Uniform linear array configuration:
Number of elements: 16
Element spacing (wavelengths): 0.75
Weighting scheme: hann
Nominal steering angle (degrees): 60
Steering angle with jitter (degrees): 58.373
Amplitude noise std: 0.05
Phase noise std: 0.05

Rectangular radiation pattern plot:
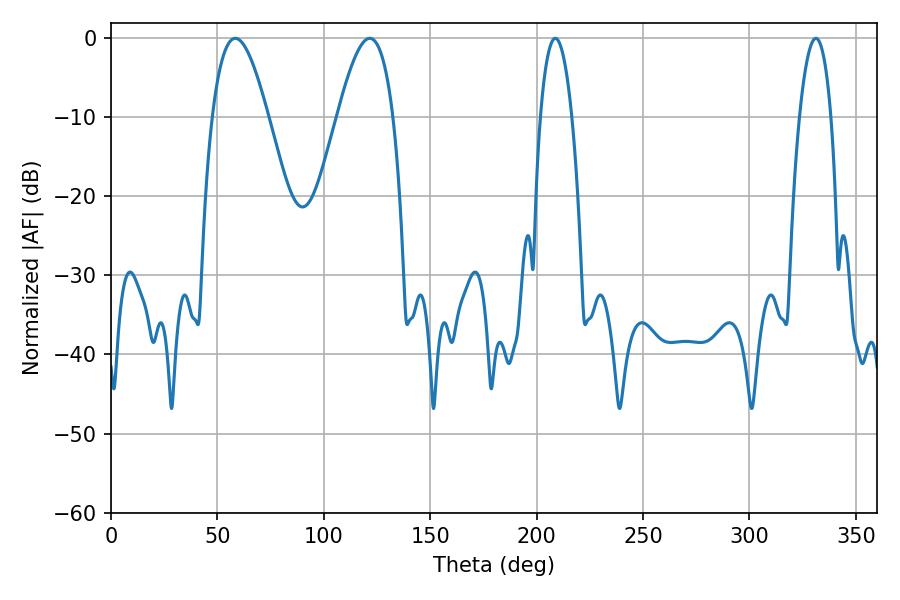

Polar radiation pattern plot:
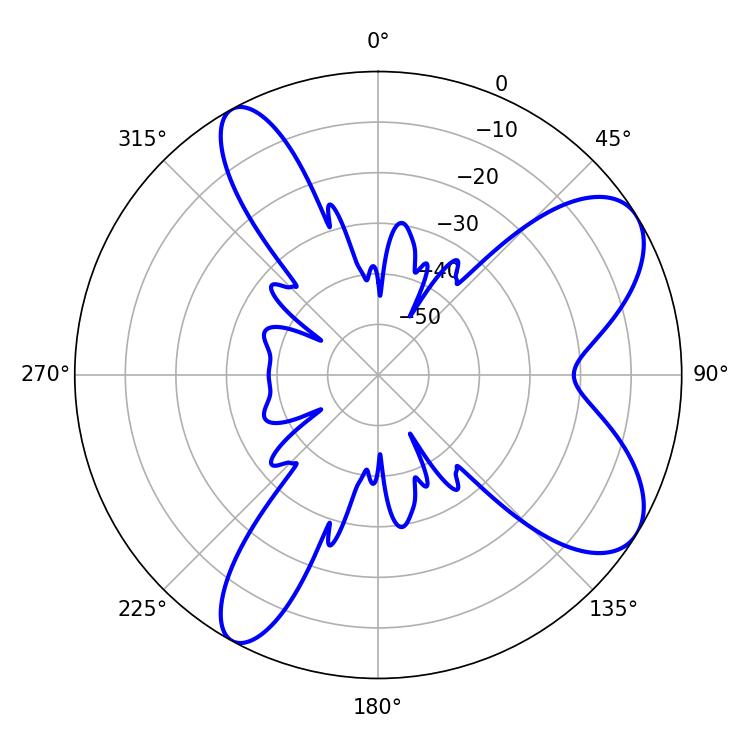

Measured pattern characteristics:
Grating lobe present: TRUE
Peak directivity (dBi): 7.989
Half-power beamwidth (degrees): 8.1
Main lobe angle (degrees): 208.8